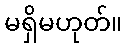
မရှိမဟုတ်။